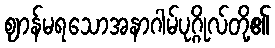
ဈာန်မရသောအနာဂါမ်ပုဂ္ဂိုလ်တို့၏